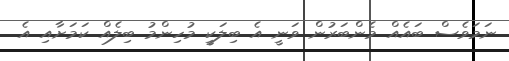
ނަމަވެސް ބައެއް މެންބަރުން ވަނީ އެ ބިލަކީ މުހިންމު ބިލެއް ކަމަށާއި އެ